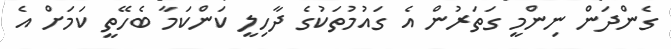
ގެންދަން ނިންމީ ގަތަރުން އެ ގައުމުތަކުގެ ދާހިލީ ކަންކަމާ ބެހޭތީ ކަމަށް އެ